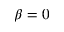
\beta = 0